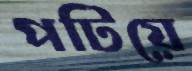
পটিয়ে